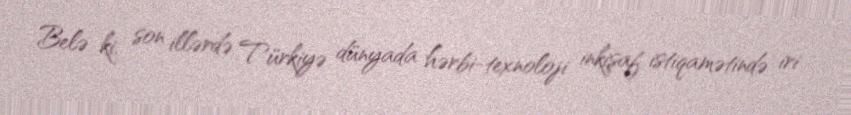
Belə ki, son illərdə Türkiyə dünyada hərbi-texnoloji inkişaf istiqamətində iri